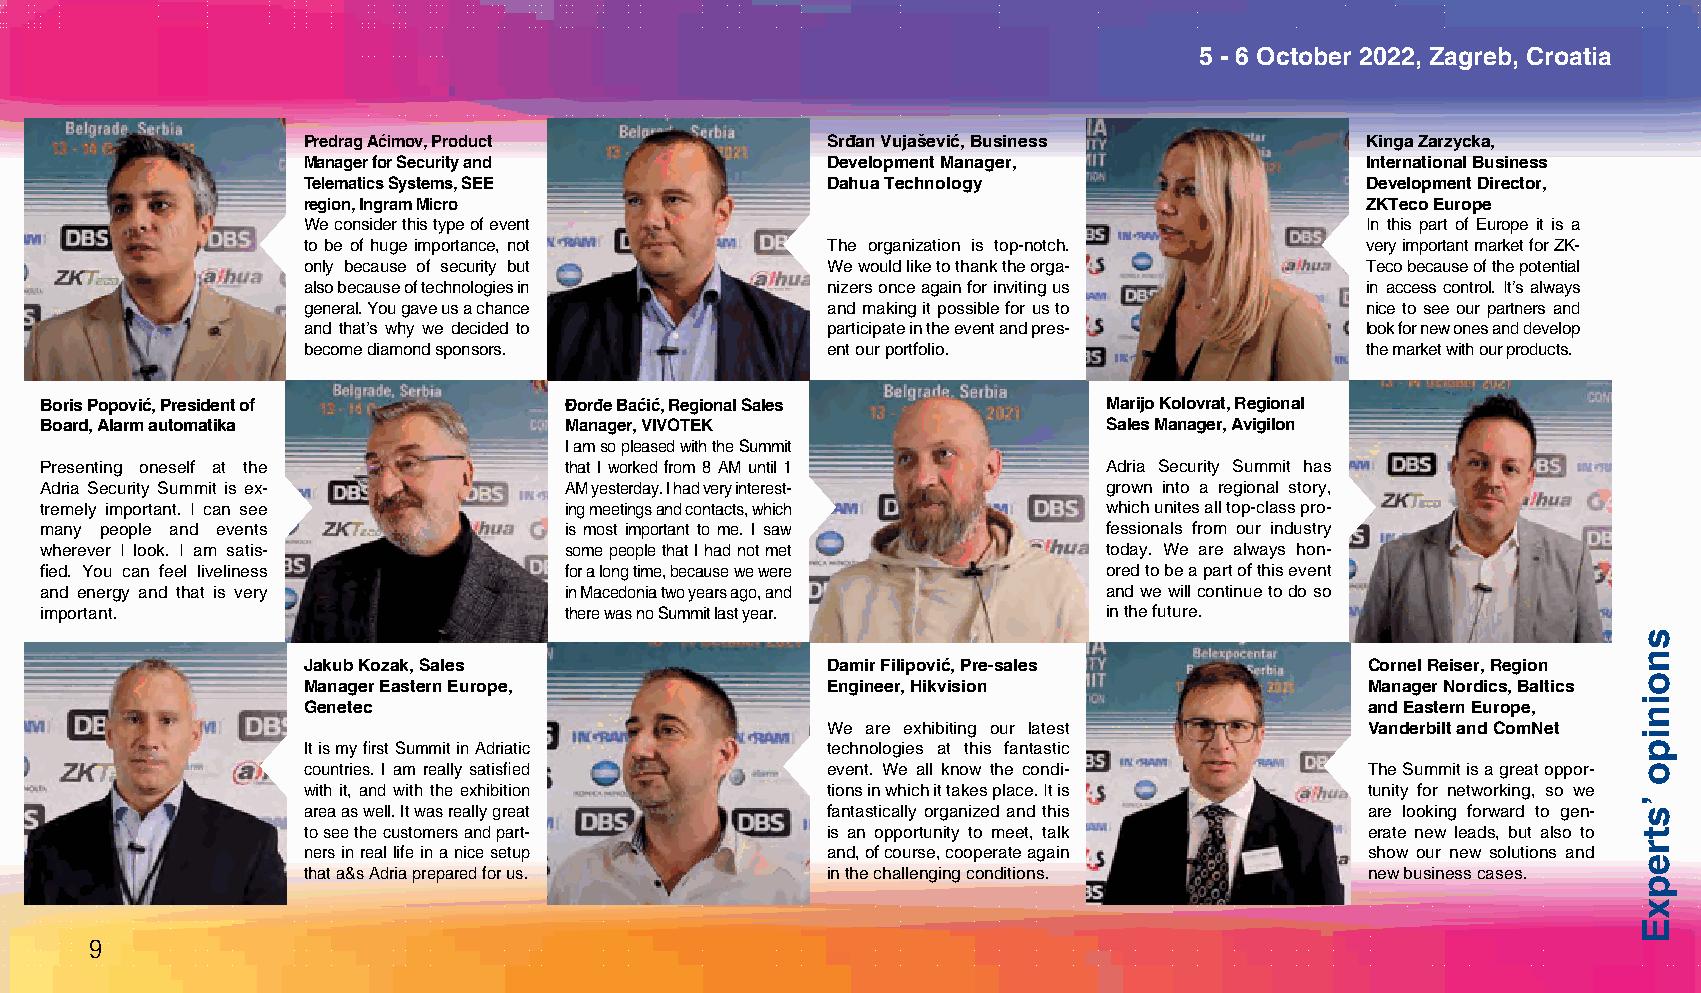
5 - 6 October 2022, Zagreb, Croatia
 Predrag Aćimov, Product            Srđan Vujašević, Business          Kinga Zarzycka,
 Manager for Security and           Development Manager,               International Business
 Telematics Systems, SEE            Dahua Technology                   Development Director,
 region, Ingram Micro                                                  ZKTeco Europe
 We consider this type of event                                        In this part of Europe it is a
 to be of huge importance, not      The organization is top-notch.     very important market for ZK-
 only because of security but       We would like to thank the orga-   Teco because of the potential
 also because of technologies in    nizers once again for inviting us  in access control. It’s always
 general. You gave us a chance      and making it possible for us to   nice to see our partners and
 and that’s why we decided to       participate in the event and pres- look for new ones and develop
 become diamond sponsors.           ent our portfolio.                 the market with our products.
 Boris Popović, President of       Đorđe Baćić, Regional Sales         Marijo Kolovrat, Regional
 Board, Alarm automatika           Manager, VIVOTEK                    Sales Manager, Avigilon
 I am so pleased with the Summit
 Presenting oneself at the         that I worked from 8 AM until 1     Adria Security Summit has
 Adria Security Summit is ex-      AM yesterday. I had very interest-  grown into a regional story,
 tremely important. I can see      ing meetings and contacts, which    which unites all top-class pro-
 many people and events            is most important to me. I saw      fessionals from our industry
 wherever I look. I am satis-      some people that I had not met      today. We are always hon-
 fied. You can feel liveliness     for a long time, because we were    ored to be a part of this event
 and energy and that is very       in Macedonia two years ago, and     and we will continue to do so
 important.                        there was no Summit last year.      in the future.
 Jakub Kozak, Sales                 Damir Filipović, Pre-sales          Cornel Reiser, Region
 Manager Eastern Europe,            Engineer, Hikvision                 Manager Nordics, Baltics
 Genetec                                                                and Eastern Europe,
 We are exhibiting our latest        Vanderbilt and ComNet
 It is my first Summit in Adriatic  technologies at this fantastic
 countries. I am really satisfied   event. We all know the condi-       The Summit is a great oppor-
 with it, and with the exhibition   tions in which it takes place. It is tunity for networking, so we
 area as well. It was really great  fantastically organized and this    are looking forward to gen-
 to see the customers and part-     is an opportunity to meet, talk     erate new leads, but also to
 ners in real life in a nice setup  and, of course, cooperate again     show our new solutions and
 that a&s Adria prepared for us.    in the challenging conditions.      new business cases.
 9
 snoinipo
 ’strepxE